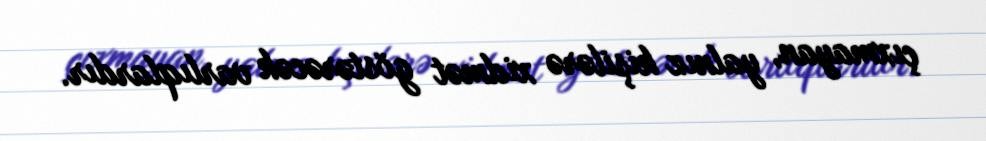
çıxmayan, yalnız kişilərə xidmət göstərəcək varlıqlardır.